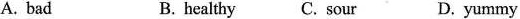
A. bad B. healthy C. sour D. yummy